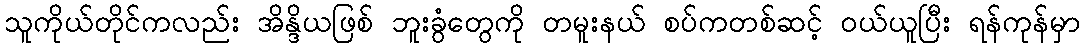
သူကိုယ်တိုင်ကလည်း အိန္ဒိယဖြစ် ဘူးခွံတွေကို တမူးနယ် စပ်ကတစ်ဆင့် ဝယ်ယူပြီး ရန်ကုန်မှာ